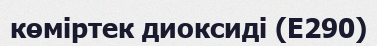
көміртек диоксиді (Е290)